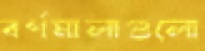
বর্ণমালাগুলো